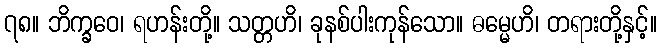
၇၈။ ဘိက္ခဝေ၊ ရဟန်းတို့။ သတ္တဟိ၊ ခုနစ်ပါးကုန်သော။ ဓမ္မေဟိ၊ တရားတို့နှင့်။